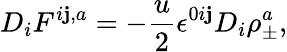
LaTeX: D_{i}F^{i\mathbf{j},a}=-\frac{{u}}{{2}}\epsilon^{0i\mathbf{j}}D_{i}\rho_{\pm}^{a},